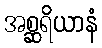
အစ္ဆရိယာနံ